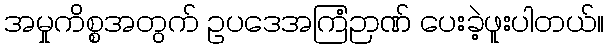
အမှုကိစ္စအတွက် ဥပဒေအကြံဉာဏ် ပေးခဲ့ဖူးပါတယ်။